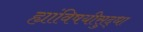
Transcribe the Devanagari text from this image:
ह्यांविषयीसुद्धा